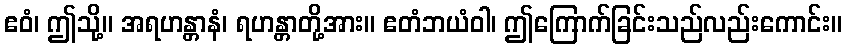
ဧဝံ၊ ဤသို့။ အရဟန္တာနံ၊ ရဟန္တာတို့အား။ ဧတံဘယံဝါ၊ ဤကြောက်ခြင်းသည်လည်းကောင်း။